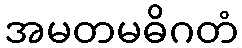
အမတမဓိဂတံ